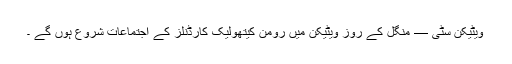
ویٹیکن سٹی — منگل کے روز ویٹیکن میں رومن کیتھولیک کارڈنلز کے اجتماعات شروع ہوں گے ۔